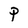
Character: P